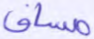
مساق